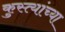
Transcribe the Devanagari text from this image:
कुस्त्यांच्या